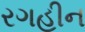
રગહીન